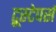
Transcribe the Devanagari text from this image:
ट्रूस्टेपर्स